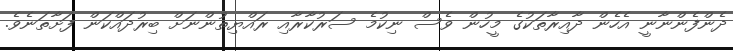
ދެންފެންނާނީ އެހެން ދާއިރާތަކުގެ މީހުން ވެސް ނިކުމެ ސަރުކާރާއި ރައްޔިތުންނަށް ބިރުދައްކަން ފަށާތަނެވެ.